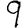
Digit: 9